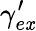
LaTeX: \gamma_{e\mathit{x}}^{\prime}